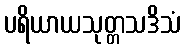
ပရိယာယသုတ္တသဒိသံ